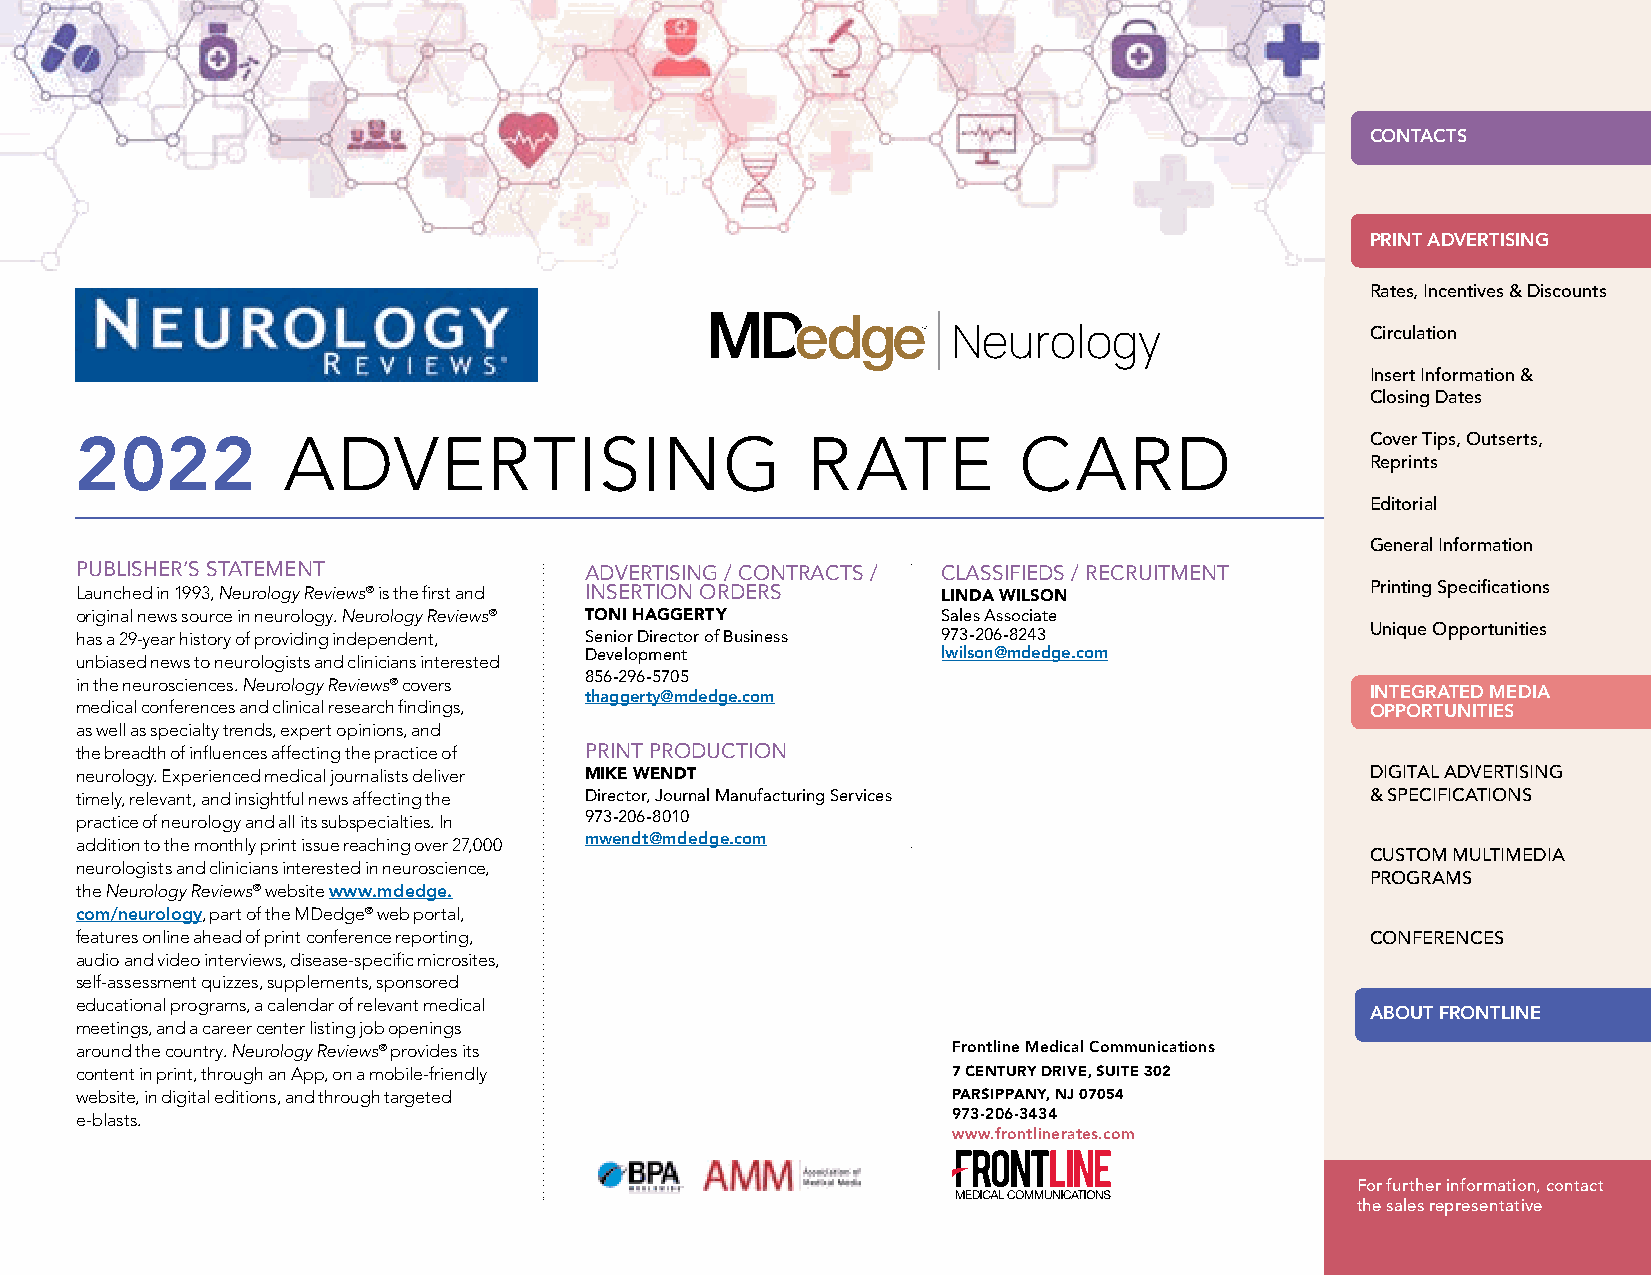
1 Neurology reviews | 2022 ADVERTISING RATE CARD | www.mdedge.com/neurology
 CONTACTS
 PRINT ADVERTISING
 Rates, Incentives & Discounts
 Neurology                   Circulation
 Insert Information &
 Closing Dates
 2022          ADVERTISING                       RATE          CARD                    Cover Tips, Outserts,
 Reprints
 Editorial
 General Information
 PUBLISHER’S STATEMENT             ADVERTISING / CONTRACTS / CLASSIFIEDS / RECRUITMENT
 Launched in 1993, Neurology Reviews® is the first and INSERTION ORDERS LINDA WILSON   Printing Specifications
 original news source in neurology. Neurology Reviews® TONI HAGGERTY Sales Associate
 has a 29-year history of providing independent, Senior Director of Business 973-206-8243 Unique Opportunities
 Development            lwilson@mdedge.com
 unbiased news to neurologists and clinicians interested
 856-296-5705
 in the neurosciences. Neurology Reviews® covers
 thaggerty@mdedge.com                                INTEGRATED MEDIA
 medical conferences and clinical research findings,                                   OPPORTUNITIES
 as well as specialty trends, expert opinions, and
 the breadth of influences affecting the practice of PRINT PRODUCTION
 neurology. Experienced medical journalists deliver MIKE WENDT                         DIGITAL ADVERTISING
 timely, relevant, and insightful news affecting the Director, Journal Manufacturing Services & SPECIFICATIONS
 practice of neurology and all its subspecialties. In 973-206-8010
 addition to the monthly print issue reaching over 27,000 mwendt@mdedge.com
 CUSTOM MULTIMEDIA
 neurologists and clinicians interested in neuroscience,
 PROGRAMS
 the Neurology Reviews® website www.mdedge.
 com/neurology, part of the MDedge® web portal,
 features online ahead of print conference reporting,                                  CONFERENCES
 audio and video interviews, disease-specific microsites,
 self-assessment quizzes, supplements, sponsored
 educational programs, a calendar of relevant medical
 ABOUT FRONTLINE
 meetings, and a career center listing job openings
 around the country. Neurology Reviews® provides its       Frontline Medical Communications
 content in print, through an App, on a mobile-friendly    7 CENTURY DRIVE, SUITE 302
 website, in digital editions, and through targeted        PARSIPPANY, NJ 07054
 e-blasts.                                                 973-206-3434
 www.frontlinerates.com
 For further information, contact
 the sales representative